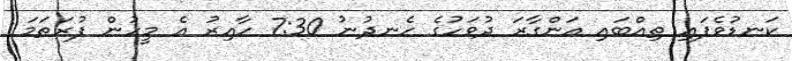
ކަނޑުވެފައި ތިއްބައި އަންގާރަ ދުވަހުގެ ހެނދުނު 7:30 ހާއިރު އެ މީހުން ފުރަތަމަ